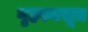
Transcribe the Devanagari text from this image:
गृहस्थसूत्र